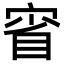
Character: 𡨽